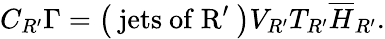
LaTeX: C_{R^{\prime}}\Gamma=\left(\mathrm{~jets~of~R^{\prime}~}\right)V_{R^{\prime}}T_{R^{\prime}}\overline{{{H}}}_{R^{\prime}}.